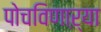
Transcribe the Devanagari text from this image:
पोचविणाऱ्या